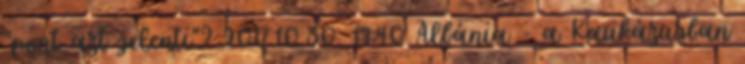
"pont azt jelenti"? 2017.10.30. 19:40 Albánia - a Kaukázusban